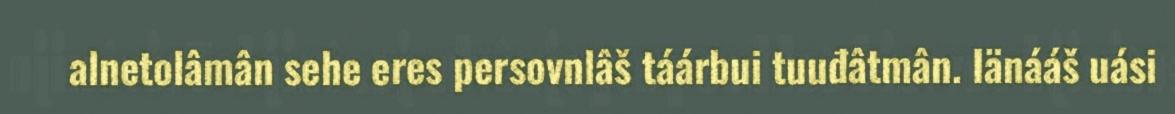
alnetolâmân sehe eres persovnlâš táárbui tuuđâtmân. Iänááš uási